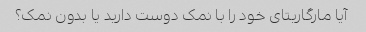
آیا مارگاریتای خود را با نمک دوست دارید یا بدون نمک؟